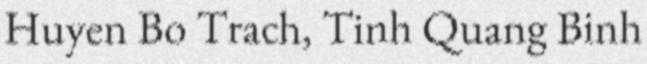
Huyen Bo Trach, Tinh Quang Binh